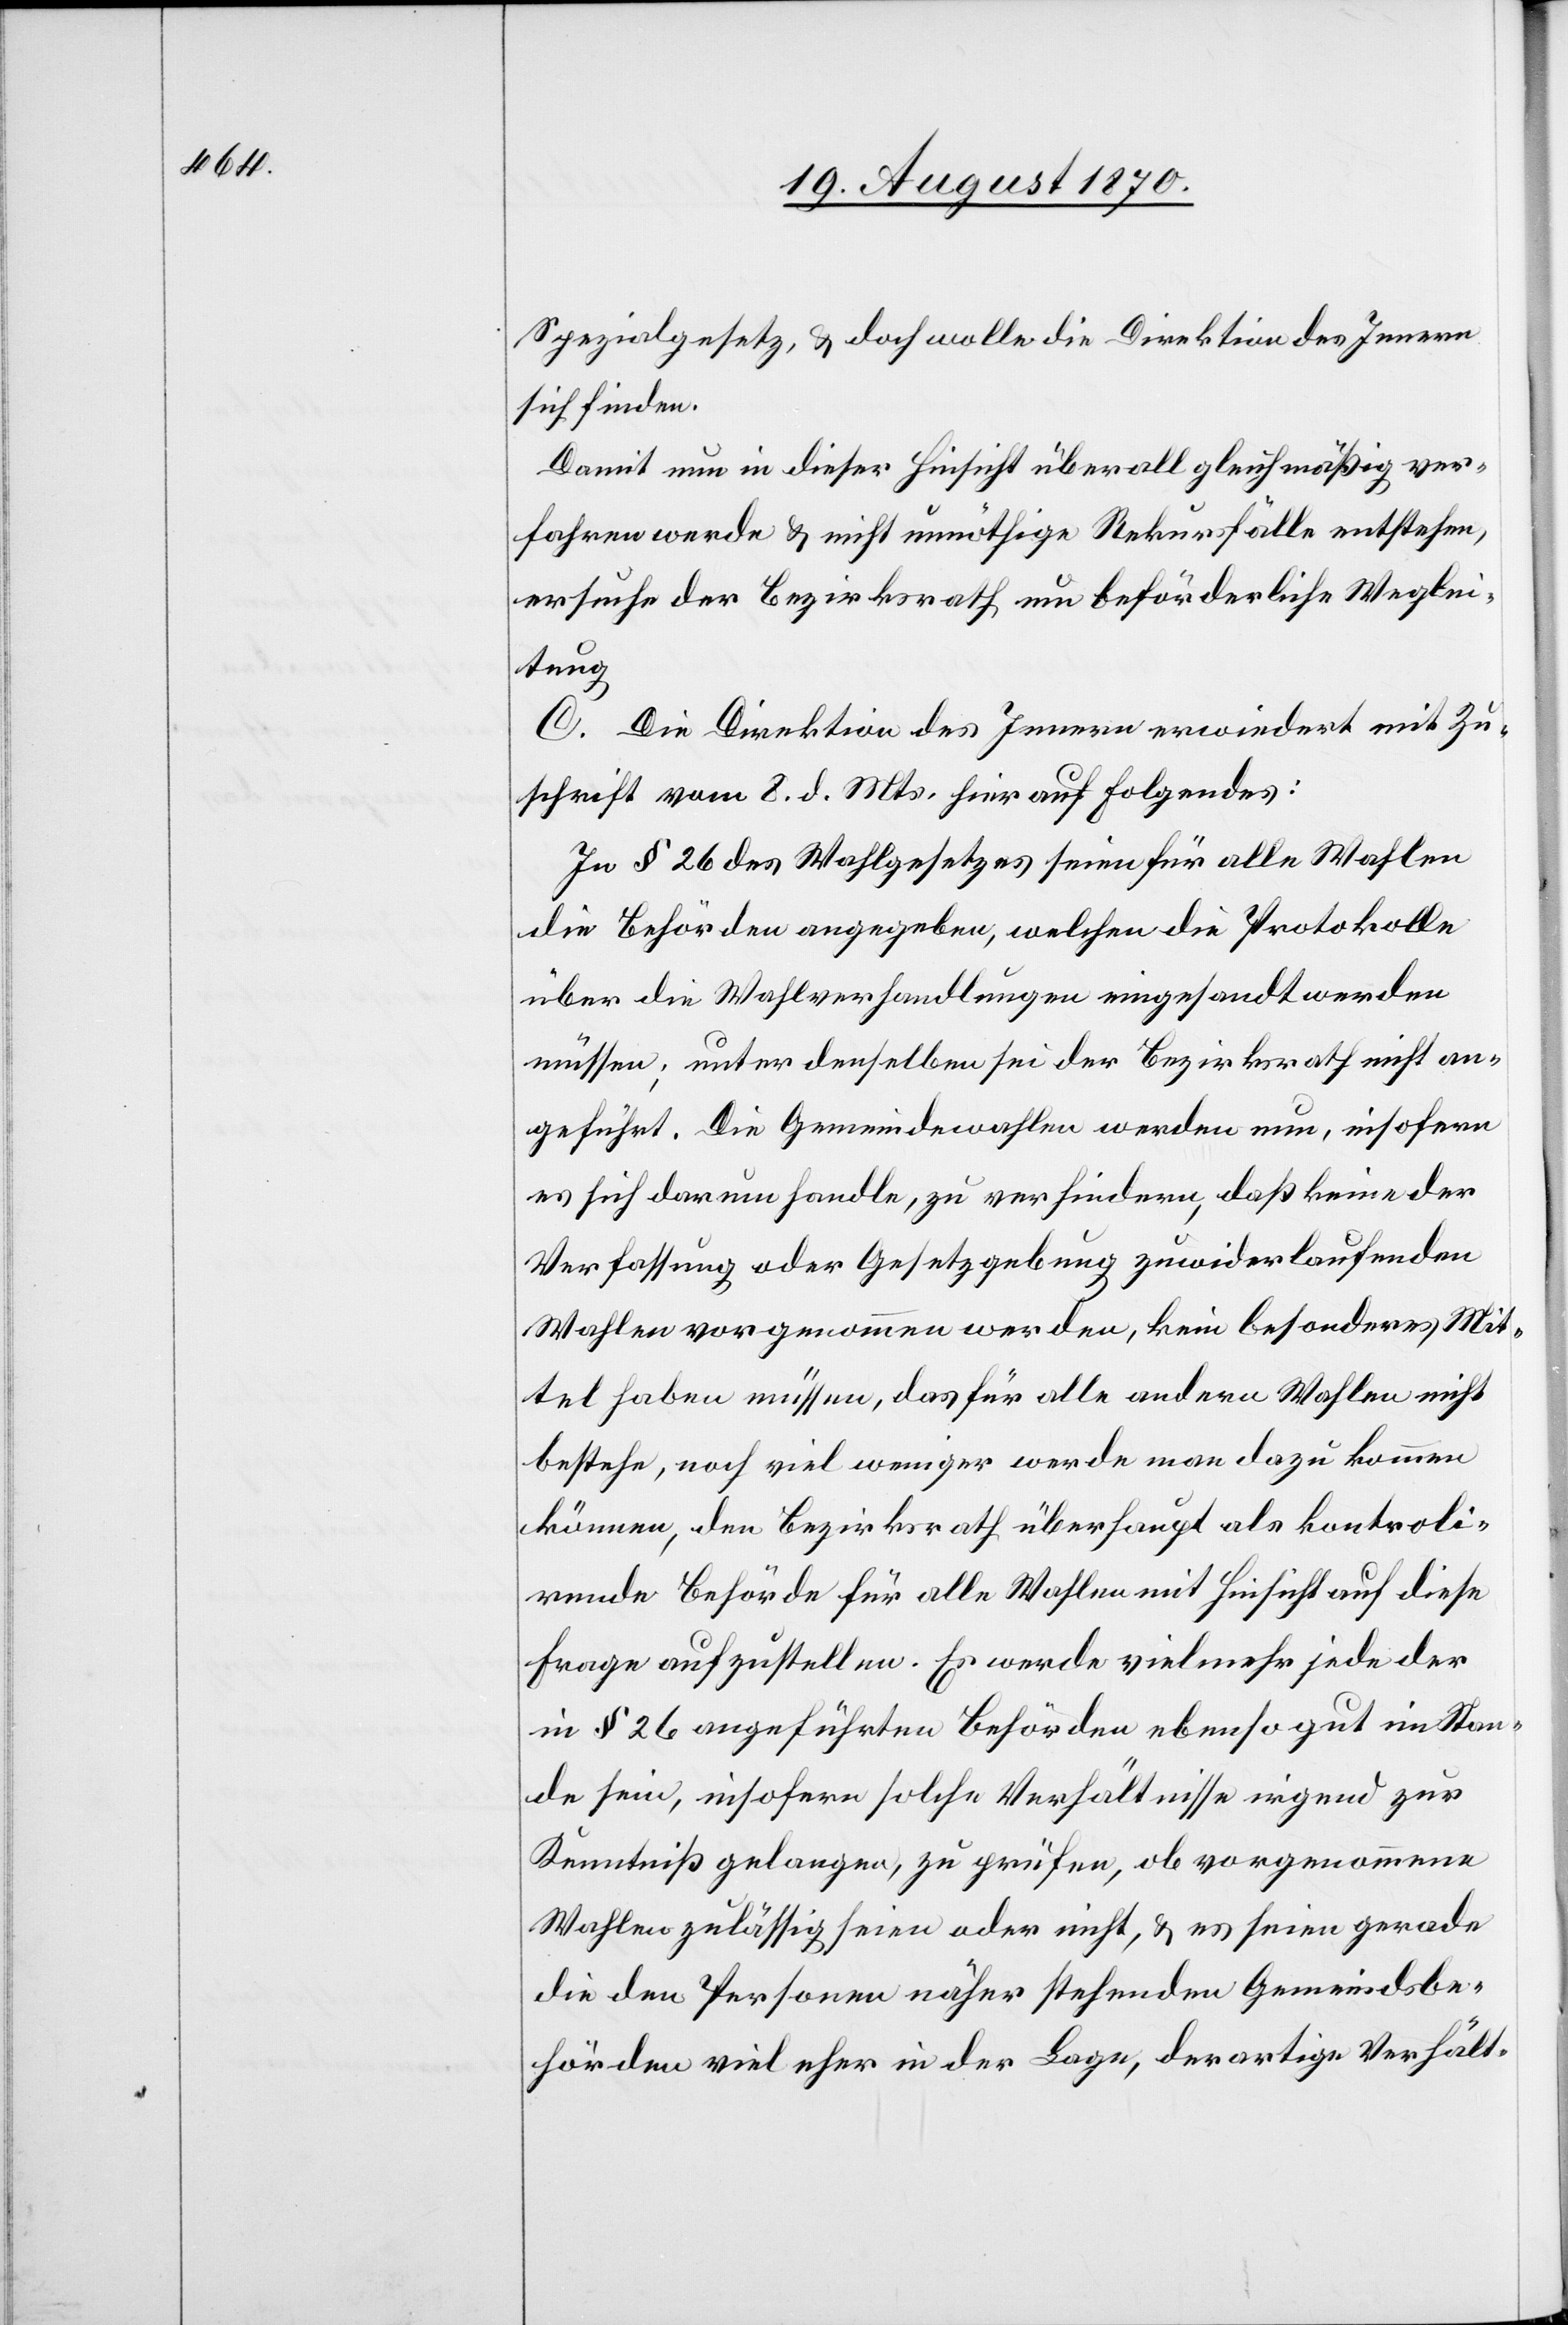
Spezialgesetz, & doch wolle die Direktion des Innern
sich finden
Damit nun in dieser Hinsicht überall gleichmäßig ver¬
fahren werde & nicht unnöthige Rekursfälle entstehen,
ersuche der Bezirksrath um beförderliche Weglei¬
tung[.]
C. Die Direktion des Innern erwiedert mit Zu¬
schrift vom 8. d. Mts. hierauf folgendes:
In § 26 des Wahlgesetzes seien für alle Wahlen
die Behörden angegeben, welchen die Protokolle
über die Wahlverhandlungen eingesandt werden
müssen unter denselben sei der Bezirksrath nicht an¬
geführt. Die Gemeindewahlen werden nun, insofern
es sich darum handle, zu verhindern, daß keine der
Verfassung oder Gesetzgebung zuwiderlaufenden
Wahlen vorgenommen werden, kein besonderes Mit¬
tel haben müssen, das für alle andern Wahlen nicht
bestehe, noch viel weniger werde man dazu kommen
können, den Bezirksrath überhaupt als kontroli¬
rende Behörde für alle Wahlen mit Hinsicht auf diese
Frage aufzustellen. Es werde vielmehr jede der
in § 26 angeführten Behörden ebensogut im Stan¬
de sein, insofern solche Verhältnisse irgend zur
Kenntniß gelangen, zu prüfen, ob vorgenommene
Wahlen zulässig seien oder nicht, & es seien gerade
die den Personen näher stehenden Gemeindsbe¬
hörden viel eher in der Lage, derartige Verhält-